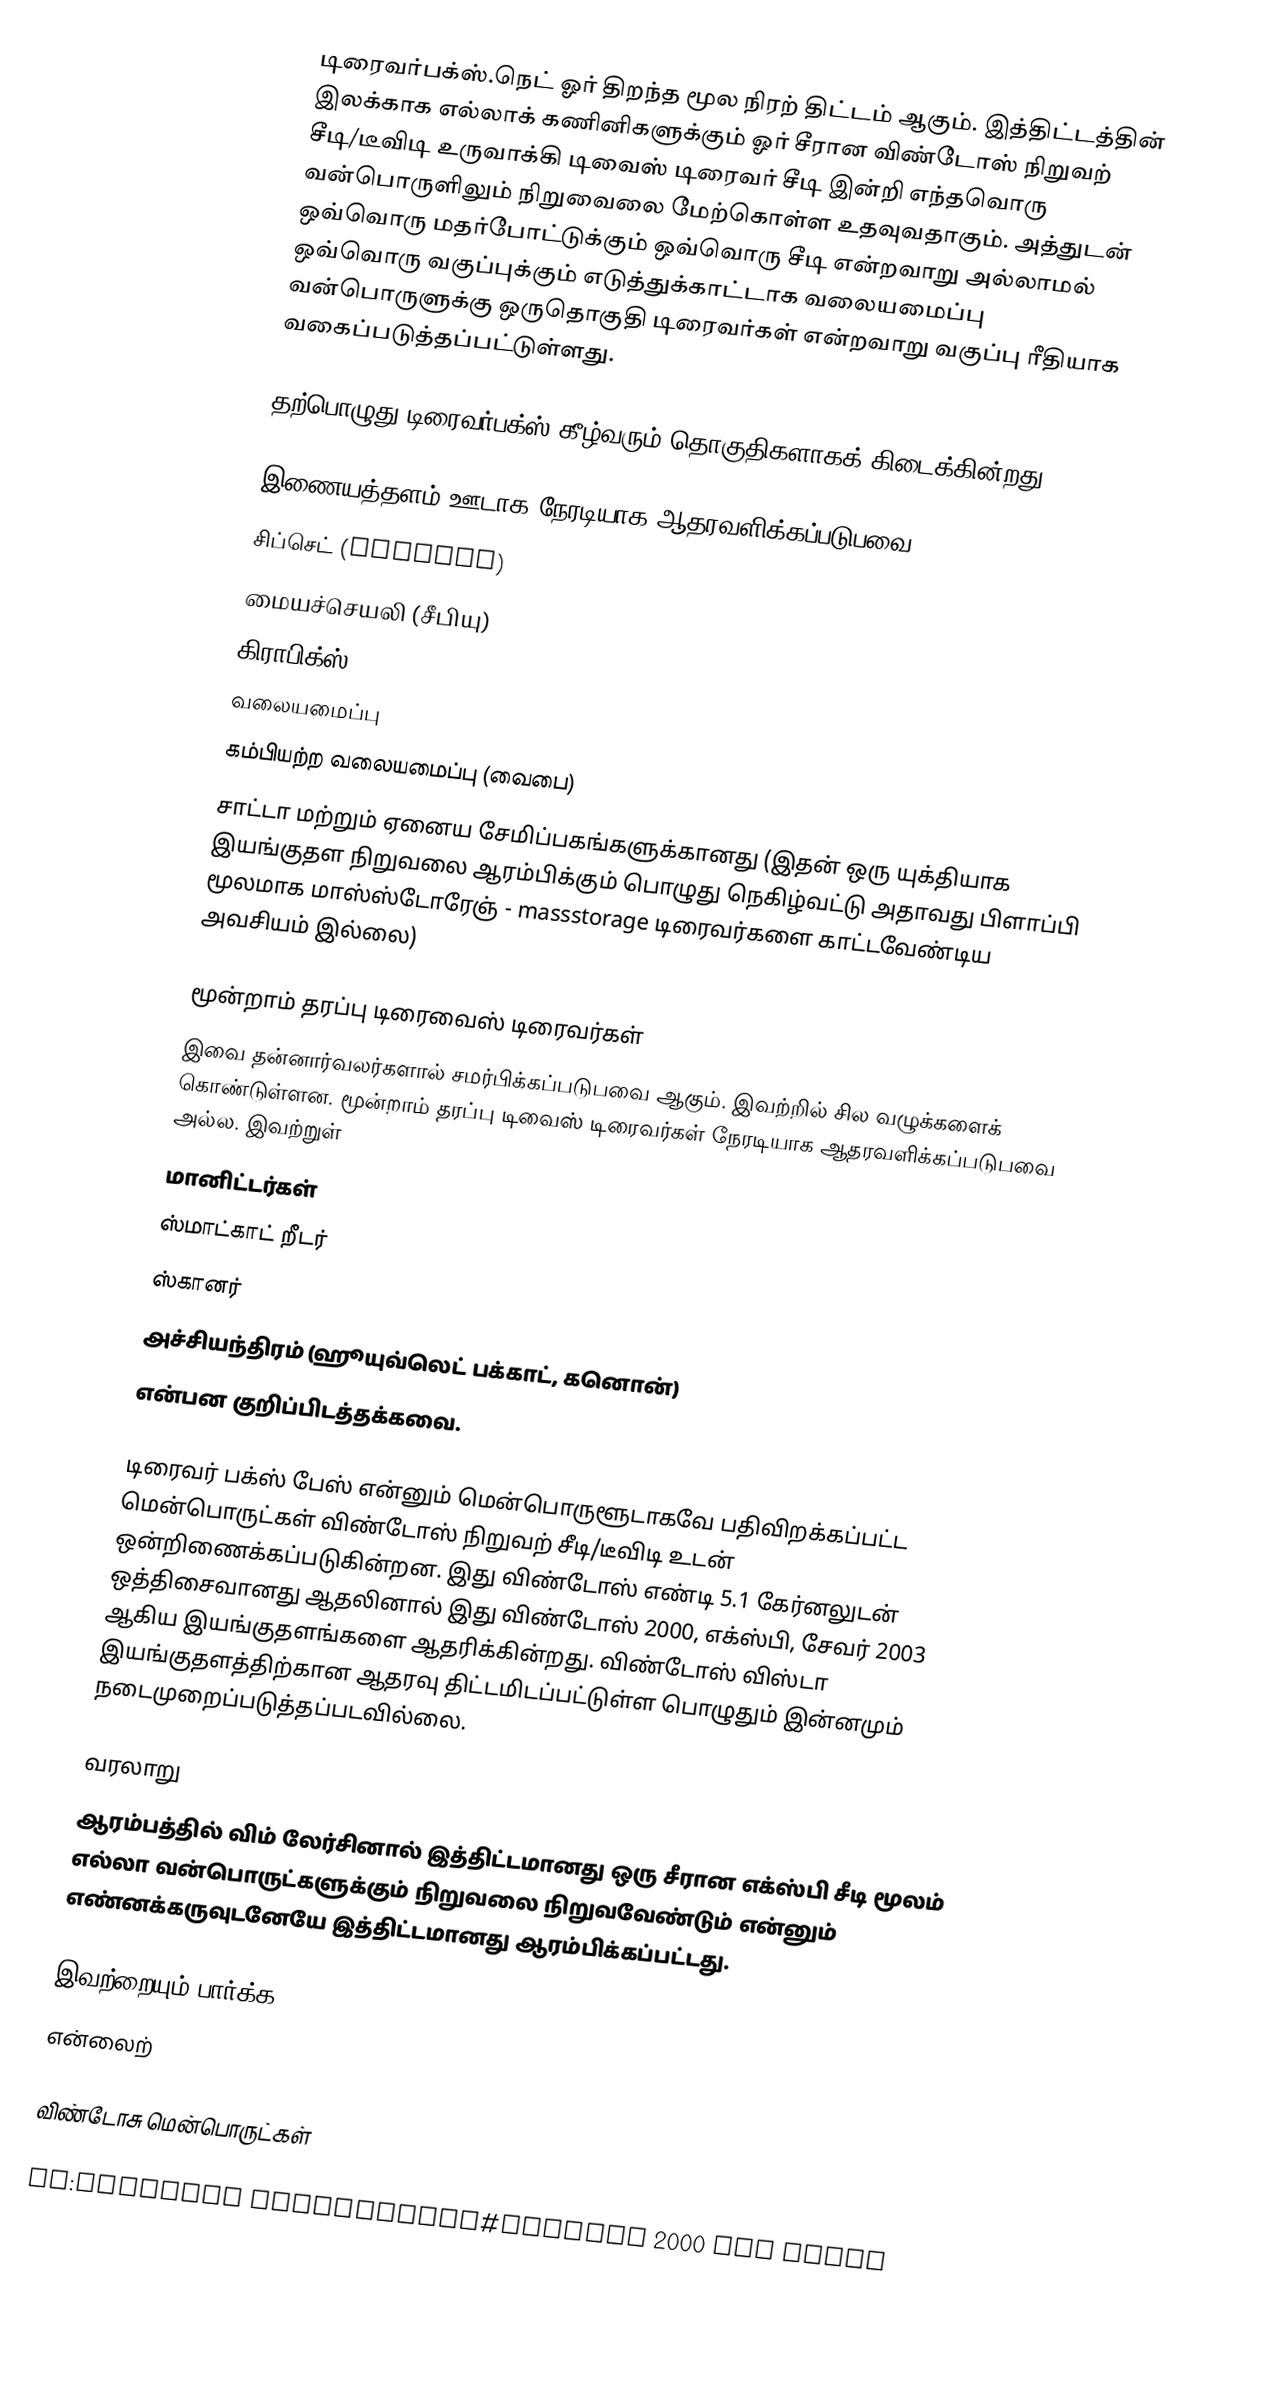
டிரைவர்பக்ஸ்.நெட் ஓர் திறந்த மூல நிரற் திட்டம் ஆகும். இத்திட்டத்தின் இலக்காக எல்லாக் கணினிகளுக்கும் ஓர் சீரான விண்டோஸ் நிறுவற் சீடி/டீவிடி உருவாக்கி டிவைஸ் டிரைவர் சீடி இன்றி எந்தவொரு வன்பொருளிலும் நிறுவைலை மேற்கொள்ள உதவுவதாகும். அத்துடன் ஒவ்வொரு மதர்போட்டுக்கும் ஒவ்வொரு சீடி என்றவாறு அல்லாமல் ஒவ்வொரு வகுப்புக்கும் எடுத்துக்காட்டாக வலையமைப்பு வன்பொருளுக்கு ஒருதொகுதி டிரைவர்கள் என்றவாறு வகுப்பு ரீதியாக வகைப்படுத்தப்பட்டுள்ளது.

தற்பொழுது டிரைவர்பக்ஸ் கீழ்வரும் தொகுதிகளாகக் கிடைக்கின்றது.

இணையத்தளம் ஊடாக நேரடியாக ஆதரவளிக்கப்படுபவை
சிப்செட் (chipset)
மையச்செயலி (சீபியு)
கிராபிக்ஸ்
வலையமைப்பு
கம்பியற்ற வலையமைப்பு (வைபை)
சாட்டா மற்றும் ஏனைய சேமிப்பகங்களுக்கானது (இதன் ஒரு யுக்தியாக இயங்குதள நிறுவலை ஆரம்பிக்கும் பொழுது நெகிழ்வட்டு அதாவது பிளாப்பி மூலமாக மாஸ்ஸ்டோரேஞ் - massstorage டிரைவர்களை காட்டவேண்டிய அவசியம் இல்லை)

மூன்றாம் தரப்பு டிரைவைஸ் டிரைவர்கள்
இவை தன்னார்வலர்களால் சமர்பிக்கப்படுபவை ஆகும். இவற்றில் சில வழுக்களைக் கொண்டுள்ளன. மூன்றாம் தரப்பு டிவைஸ் டிரைவர்கள் நேரடியாக ஆதரவளிக்கப்படுபவை அல்ல. இவற்றுள்
மானிட்டர்கள்
ஸ்மாட்காட் றீடர்
ஸ்கானர்
அச்சியந்திரம் (ஹூயுவ்லெட் பக்காட், கனொன்)
என்பன குறிப்பிடத்தக்கவை.

டிரைவர் பக்ஸ் பேஸ் என்னும் மென்பொருளூடாகவே பதிவிறக்கப்பட்ட மென்பொருட்கள் விண்டோஸ் நிறுவற் சீடி/டீவிடி உடன் ஒன்றிணைக்கப்படுகின்றன. இது விண்டோஸ் எண்டி 5.1 கேர்னலுடன் ஒத்திசைவானது ஆதலினால் இது விண்டோஸ் 2000, எக்ஸ்பி, சேவர் 2003 ஆகிய இயங்குதளங்களை ஆதரிக்கின்றது. விண்டோஸ் விஸ்டா இயங்குதளத்திற்கான ஆதரவு திட்டமிடப்பட்டுள்ள பொழுதும் இன்னமும் நடைமுறைப்படுத்தப்படவில்லை.

வரலாறு
ஆரம்பத்தில் விம் லேர்சினால் இத்திட்டமானது ஒரு சீரான எக்ஸ்பி சீடி மூலம் எல்லா வன்பொருட்களுக்கும் நிறுவலை நிறுவவேண்டும் என்னும் எண்னக்கருவுடனேயே இத்திட்டமானது ஆரம்பிக்கப்பட்டது.

இவற்றையும் பார்க்க
என்லைற்

விண்டோசு மென்பொருட்கள்

en:Software remastering#Windows 2000 and later